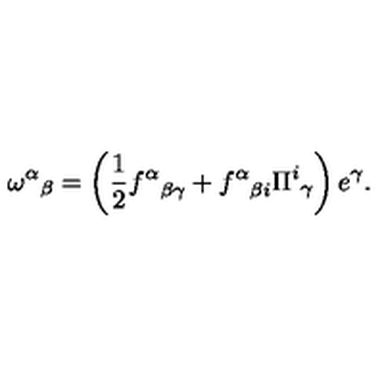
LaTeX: { \omega ^ { \alpha } } _ { \beta } = \left( { \frac { 1 } { 2 } } { f ^ { \alpha } } _ { \beta \gamma } + { f ^ { \alpha } } _ { \beta i } { \Pi ^ { i } } _ { \gamma } \right) e ^ { \gamma } .